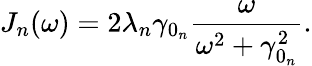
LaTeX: J_{n}(\omega)=2\lambda_{n}\gamma_{0_{n}}\frac{\omega}{\omega^{2}+\gamma_{0_{n}}^{2}}.